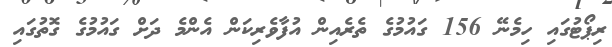
ރިޕޯޓުގައި ހިމެނޭ 156 ގައުމުގެ ތެރެއިން އުފާވެރިކަން އެންމެ ދަށް ގައުމުގެ ގޮތުގައި